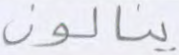
ينالون